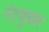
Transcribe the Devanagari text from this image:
नेटबुक्स